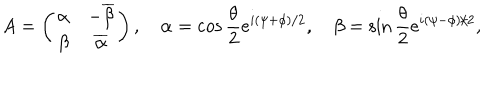
LaTeX: A = \left( \begin{array} { c c } { { \alpha } } & { { - \overline { { { \beta } } } } } \\ { { \beta } } & { { \overline { { { \alpha } } } } } \\ \end{array} \right) , \quad \alpha = \cos { \frac { \theta } { 2 } } e ^ { i ( \psi + \phi ) / 2 } , \quad \beta = \sin { \frac { \theta } { 2 } } e ^ { i ( \psi - \phi ) / 2 } ,